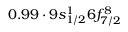
0 . 9 9 \cdot 9 s _ { 1 / 2 } ^ { 1 } 6 f _ { 7 / 2 } ^ { 8 }